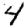
Digit: 4